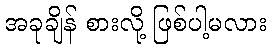
အခုချိန် စားလို့ ဖြစ်ပါ့မလား